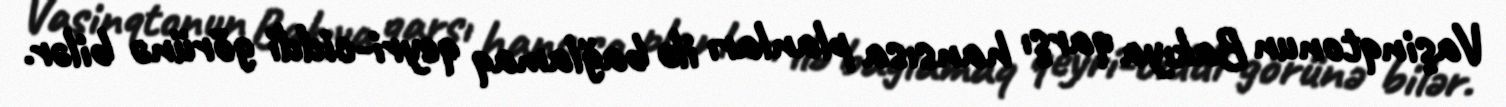
Vaşinqtonun Bakıya qarşı hansısa planları ilə bağlamaq qeyri-ciddi görünə bilər.